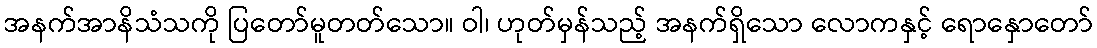
အနက်အာနိသံသကို ပြတော်မူတတ်သော။ ဝါ၊ ဟုတ်မှန်သည့် အနက်ရှိသော လောကနှင့် ရောနှောတော်